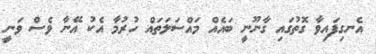
އެނގިފައިވާ ގޮތުގައި ގާނޫނީ ބައެއް މައްސަލަތައް ހުރުމާ އެކު އޭނާ ވެސް ވަނީ